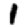
Digit: 1